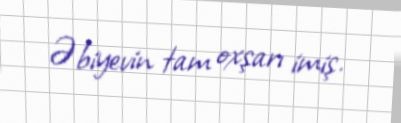
Əbiyevin tam oxşarı imiş.